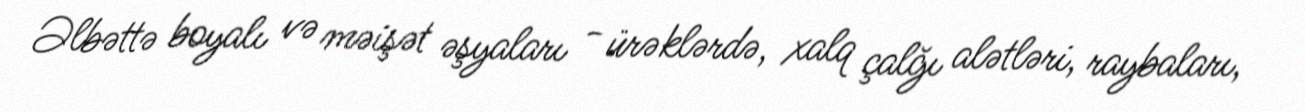
Əlbəttə boyalı və məişət əşyaları - ürəklərdə, xalq çalğı alətləri, raybaları,